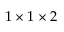
1 \times 1 \times 2